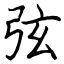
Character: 弦